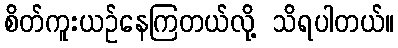
စိတ်ကူးယဉ်နေကြတယ်လို့ သိရပါတယ်။